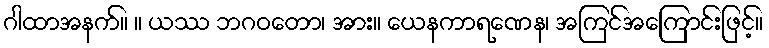
ဂါထာအနက်။ ။ ယဿ ဘဂဝတော၊ အား။ ယေနကာရဏေန၊ အကြင်အကြောင်းဖြင့်။